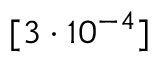
[ 3 \cdot 1 0 ^ { - 4 } ]